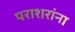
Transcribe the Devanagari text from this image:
पराशरांना